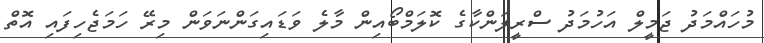
މުހައްމަދު ޖަމީލް އަހުމަދު ސްރީލަންކާގެ ކޮލަމްބޯއިން މާލެ ވަޑައިގަންނަވަން މިރޭ ހަމަޖެހިފައި އޮތް